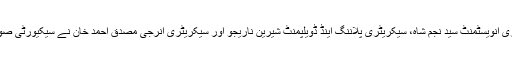
ایڈوانس ڈپلومیٹک کورس کے وفد کو سیکرٹری داخلہ سندھ محمد عثمان چاچڑ، سیکریٹری انویسٹمنٹ سید نجم شاہ، سیکریٹری پلاننگ اینڈ ڈویلپمنٹ شیرین ناریجو اور سیکریٹری انرجی مصدق احمد خان نے سیکیورٹی صورتحال، ترقیاتی منصوبے اور انرجی کے مختلف منصوبوں کے متعلق اہم معلومات دی۔